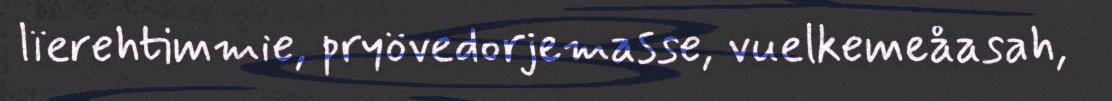
lïerehtimmie, pryövedorjemasse, vuelkemeåasah,